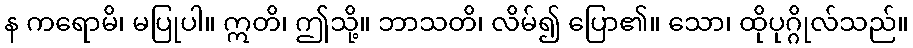
န ကရောမိ၊ မပြုပါ။ ဣတိ၊ ဤသို့။ ဘာသတိ၊ လိမ်၍ ပြော၏။ သော၊ ထိုပုဂ္ဂိုလ်သည်။